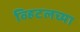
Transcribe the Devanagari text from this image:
व्हिटलच्या